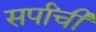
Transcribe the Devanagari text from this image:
सर्पांची